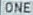
ONE